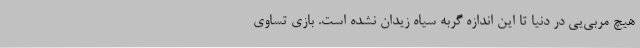
هیچ مربی‌یی در دنیا تا این اندازه گربه سیاه زیدان نشده است. بازی تساوی